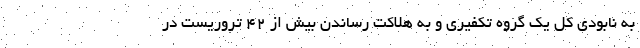
به نابودی کل یک گروه تکفیری و به هلاکت رساندن بیش از ۴۲ تروریست در